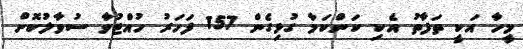
މީހާ އަކީ ތަފާތު އެކި ކަންކަމާ ގުޅިގެން 157 ފަހަރު ހުއްޓުވާ ސުވާލުކޮށް